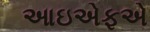
આઇએફએ